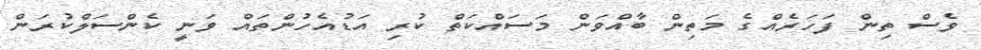
ވެސް ތިން ފަހަރެއްގެ މަތިން ބާއްވަން މަސައްކަތް ކުރި އަޑުއެހުންތައް ވަނީ ކެންސަލްކުރަން